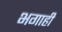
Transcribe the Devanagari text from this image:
भगाही